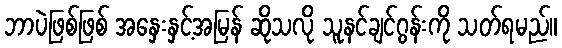
ဘာပဲဖြစ်ဖြစ် အနှေးနှင့်အမြန် ဆိုသလို သူနင်ချင်ဂွန်းကို သတ်ရမည်။